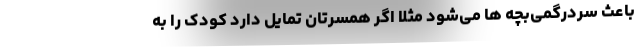
باعث سردرگمی‌بچه ها می‌شود مثلا اگر همسرتان تمایل دارد کودک را به